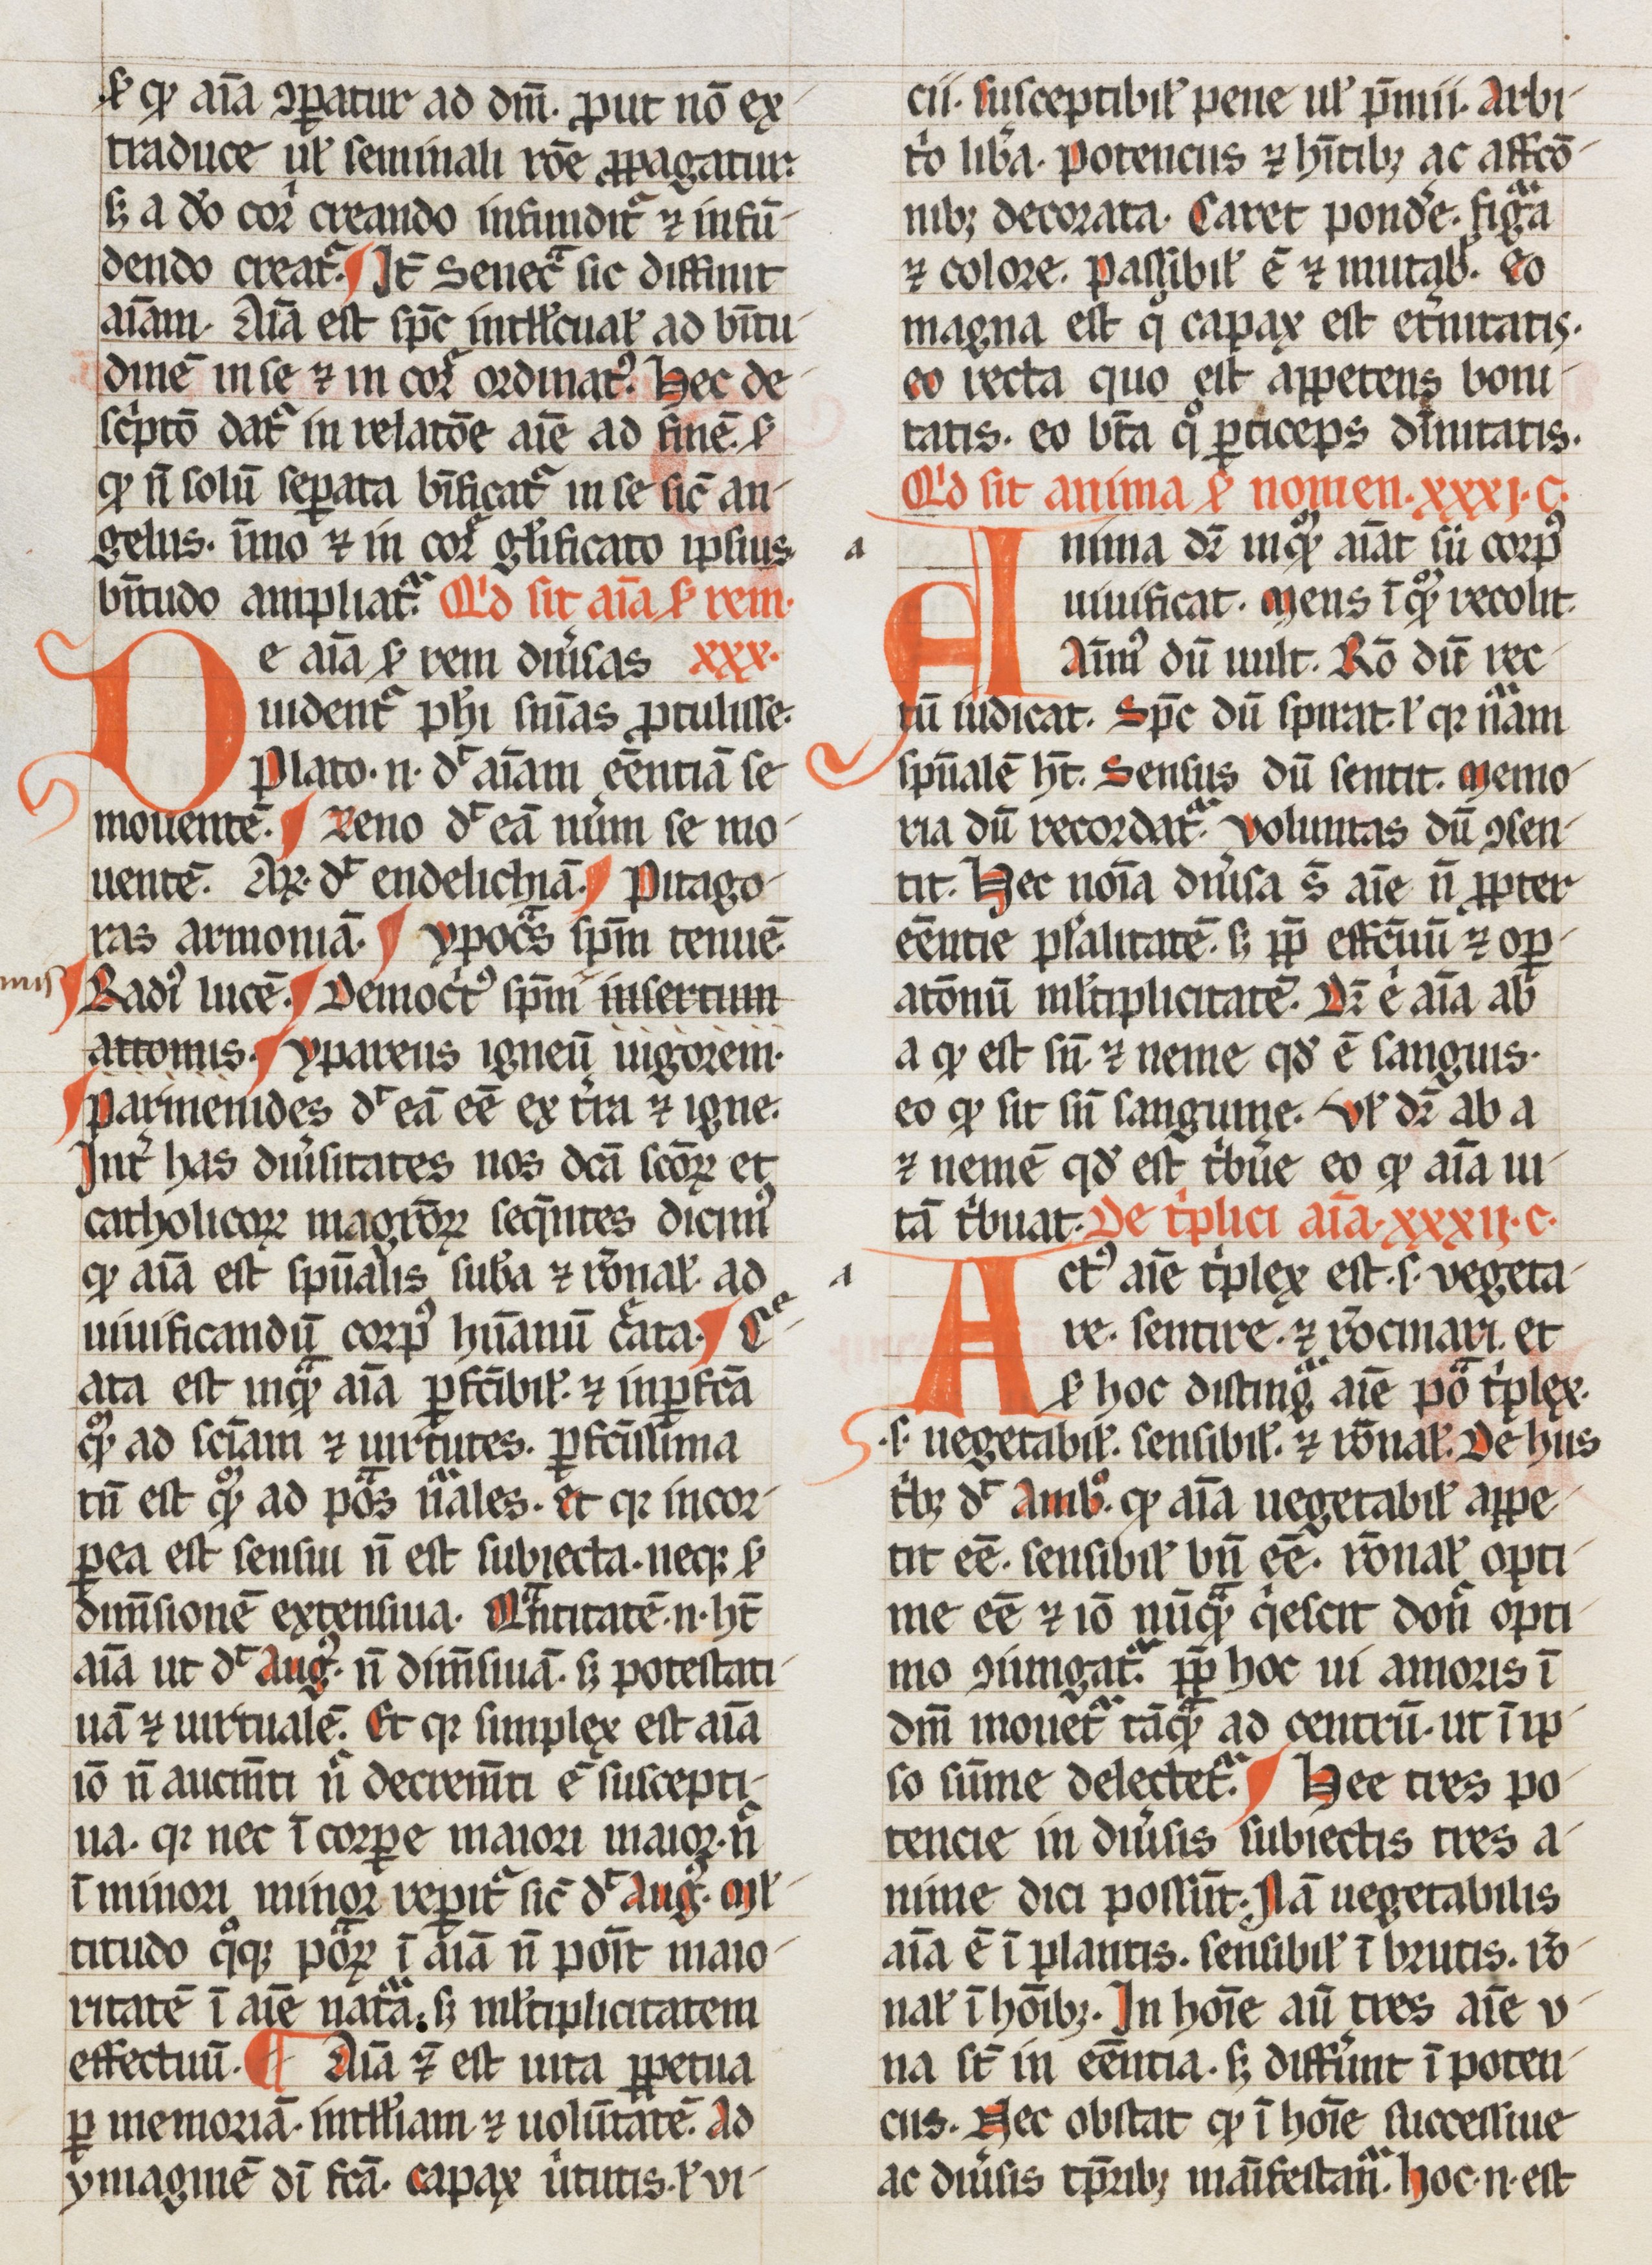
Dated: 1265–1285